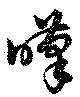
嘆